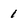
Character: 1